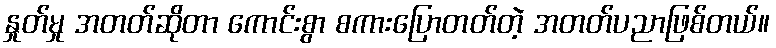
နှုတ်မှု အတတ်ဆိုတာ ကောင်းစွာ စကားပြောတတ်တဲ့ အတတ်ပညာဖြစ်တယ်။